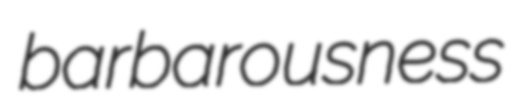
barbarousness